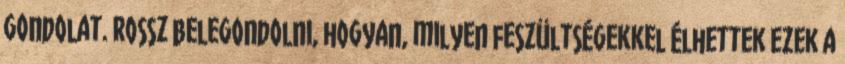
gondolat. Rossz belegondolni, hogyan, milyen feszültségekkel élhettek ezek a